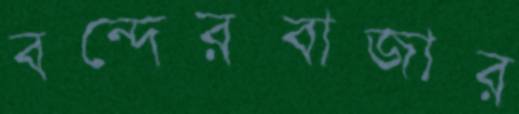
বন্দেরবাজার